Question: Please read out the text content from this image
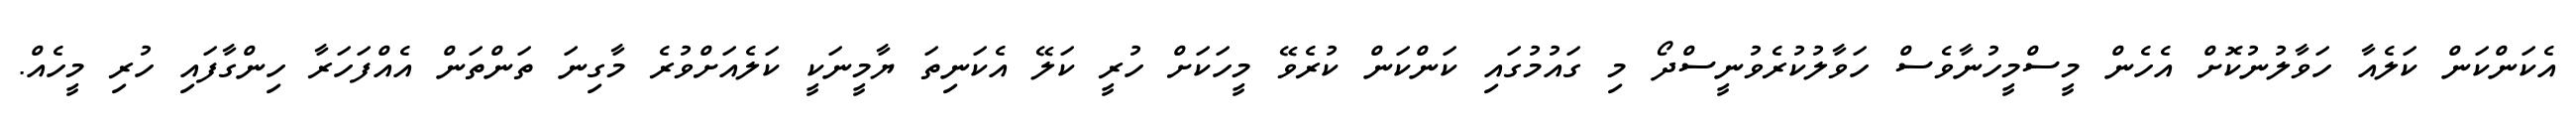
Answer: އެކަންކަން ކަލެއާ ހަވާލުނުކޮށް އެހެން މީސްމީހުނާވެސް ހަވާލުކުރެވުނީސްދޯ މި ގައުމުގައި ކަންކަން ކުރެވޭ މީހަކަށް ހުރީ ކަލޭ އެކަނިތަ ޔާމީނަކީ ކަލެއަށްވުރެ މާގިނަ ތަންތަން އެއްފަހަރާ ހިންގާފައި ހުރި މީހެއް.